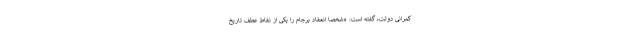
کمرانی دولت، گفته است:‌ «شخصا انعقاد برجام را یکی از نقاط عطف تاریخ